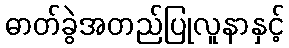
ဓာတ်ခွဲအတည်ပြုလူနာနှင့်